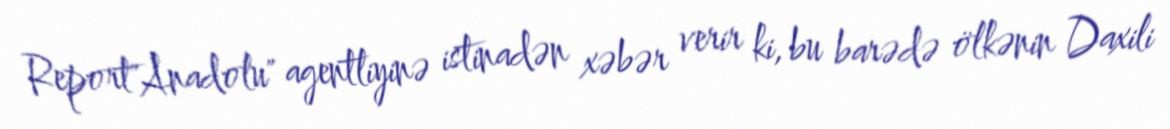
Report"Anadolu" agentliyinə istinadən xəbər verir ki, bu barədə ölkənin Daxili